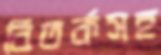
বিতর্কসহ